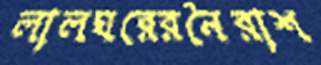
লালঘরেরনৈরাশ